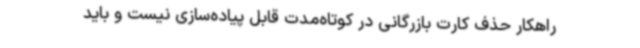
راهکار حذف کارت بازرگانی در کوتاه‌مدت قابل پیاده‌سازی نیست و باید